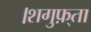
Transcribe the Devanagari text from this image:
।शगुफ़्ता